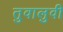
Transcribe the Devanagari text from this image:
तुवालुवी